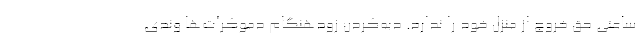
ساعتی حق خروج از منزل خود را ندارد. دبه‌کردن زودهنگام دموکرات‌ها وندی